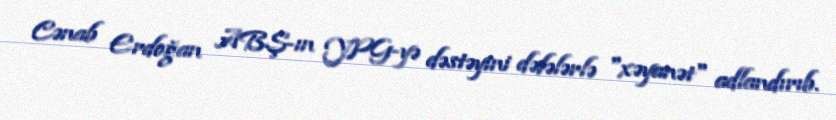
Cənab Erdoğan ABŞ-ın YPG-yə dəstəyini dəfələrlə "xəyanət" adlandırıb.